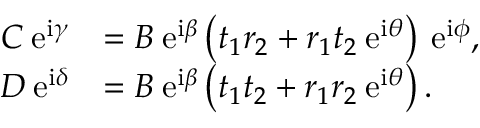
\begin{array} { r l } { C \: \mathrm { e } ^ { \mathrm { i } \gamma } } & { = B \: \mathrm { e } ^ { \mathrm { i } \beta } \left( t _ { 1 } r _ { 2 } + r _ { 1 } t _ { 2 } \: \mathrm { e } ^ { \mathrm { i } \theta } \right) \: \mathrm { e } ^ { \mathrm { i } \phi } , } \\ { D \: \mathrm { e } ^ { \mathrm { i } \delta } } & { = B \: \mathrm { e } ^ { \mathrm { i } \beta } \left( t _ { 1 } t _ { 2 } + r _ { 1 } r _ { 2 } \: \mathrm { e } ^ { \mathrm { i } \theta } \right) . } \end{array}